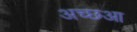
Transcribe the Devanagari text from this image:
अच्छआ